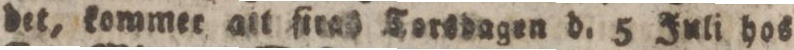
det, kommer att ſirad Torsdagen d. 5 Juli hos